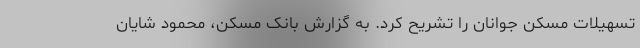
تسهیلات مسکن جوانان را تشریح کرد. به گزارش بانک مسکن، محمود شایان